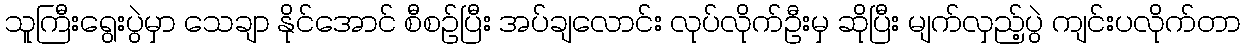
သူကြီးရွေးပွဲမှာ သေချာ နိုင်အောင် စီစဉ်ပြီး အပ်ချလောင်း လုပ်လိုက်ဦးမှ ဆိုပြီး မျက်လှည့်ပွဲ ကျင်းပလိုက်တာ